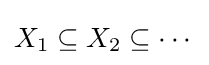
X_{1}\subseteq X_{2}\subseteq \cdots